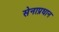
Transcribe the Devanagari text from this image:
सेनाप्रधान